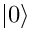
| 0 \rangle